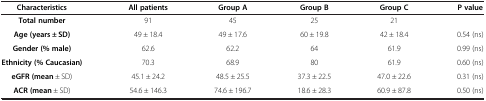
| Characteristics | All patients | Group A | Group B | Group C | P value |
 | --- | --- | --- | --- | --- | --- |
 | Total number | 91 | 45 | 25 | 21 |  |
 | Age (years ± SD) | 49 ± 18.4 | 49 ± 17.6 | 60 ± 19.8 | 42 ± 18.4 | 0.54 (ns) |
 | Gender (% male) | 62.6 | 62.2 | 64 | 61.9 | 0.99 (ns) |
 | Ethnicity (% Caucasian) | 70.3 | 68.9 | 80 | 61.9 | 0.60 (ns) |
 | eGFR (mean ± SD) | 45.1 ± 24.2 | 48.5 ± 25.5 | 37.3 ± 22.5 | 47.0 ± 22.6 | 0.31 (ns) |
 | ACR (mean ± SD) | 54.6 ± 146.3 | 74.6 ± 196.7 | 18.6 ± 28.3 | 60.9 ± 87.8 | 0.50 (ns) |